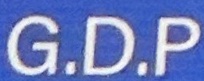
G.D.P